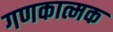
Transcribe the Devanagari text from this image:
गणकात्मक